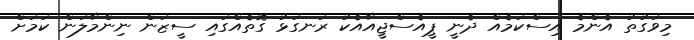
މިވަގުތު އެންމެ އިސްކަމެއް ދެނީ ޕީއެސްޖީއާއެކު ރަނގަޅު ގޮތެއްގައި ސީޒަން ނިންމާލަން ކަމަށް